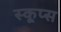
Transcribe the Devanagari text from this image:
स्कूप्स